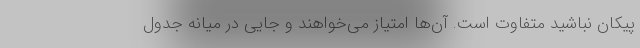
پیکان نباشید متفاوت است. آن‌ها امتیاز می‌خواهند و جایی در میانه جدول